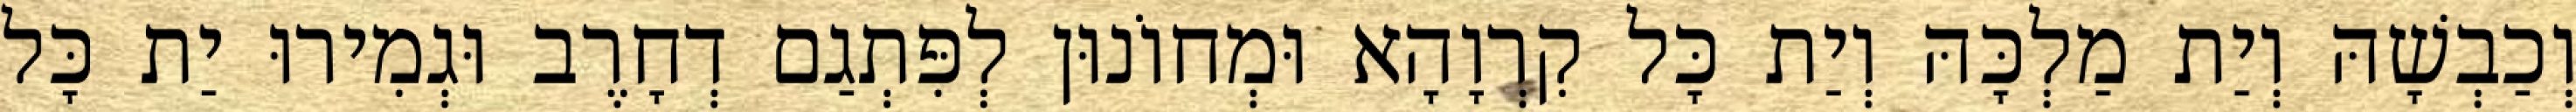
וְכַבְשָׁהּ וְיַת מַלְכָּהּ וְיַת כָּל קִרְוָהָא וּמְחוֹנוּן לְפִּתְגַם דְחָרֶב וּגְמִירוּ יַת כָּל